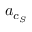
\boldsymbol { a } _ { c _ { S } }